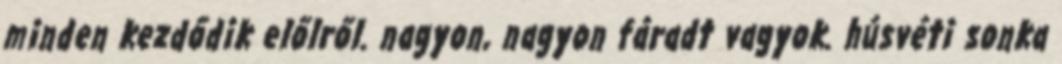
minden kezdődik előlről. nagyon, nagyon fáradt vagyok. húsvéti sonka